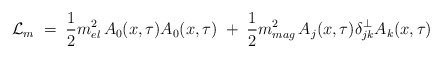
\begin{align*}{\mathcal L}_m \;=\; \frac{1}{2} m^2_{el} \, A_0(x,\tau) A_0(x,\tau) \;+\; \frac{1}{2} m^2_{mag} \, A_j(x,\tau) \delta^\perp_{jk} A_k(x,\tau)\end{align*}